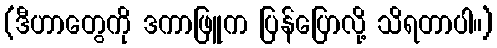
(ဒီဟာတွေကို ဒကာဖြူက ပြန်ပြောလို့ သိရတာပါ။)